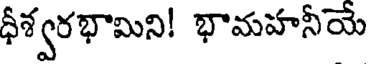
ధీశ్వరభామిని! భామహనీయే